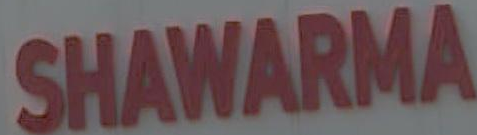
SHAWARMA